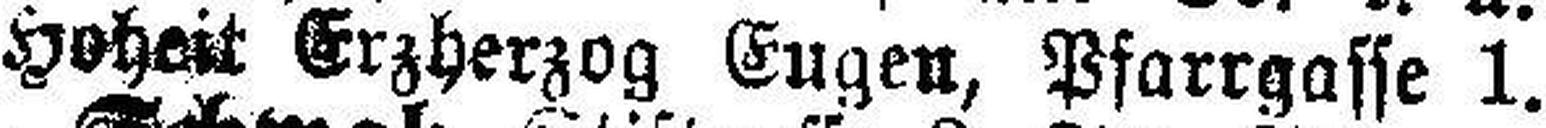
Hoheit Erzherzog Eugen, Pfarrgasse 1.